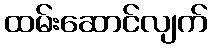
ထမ်းဆောင်လျက်